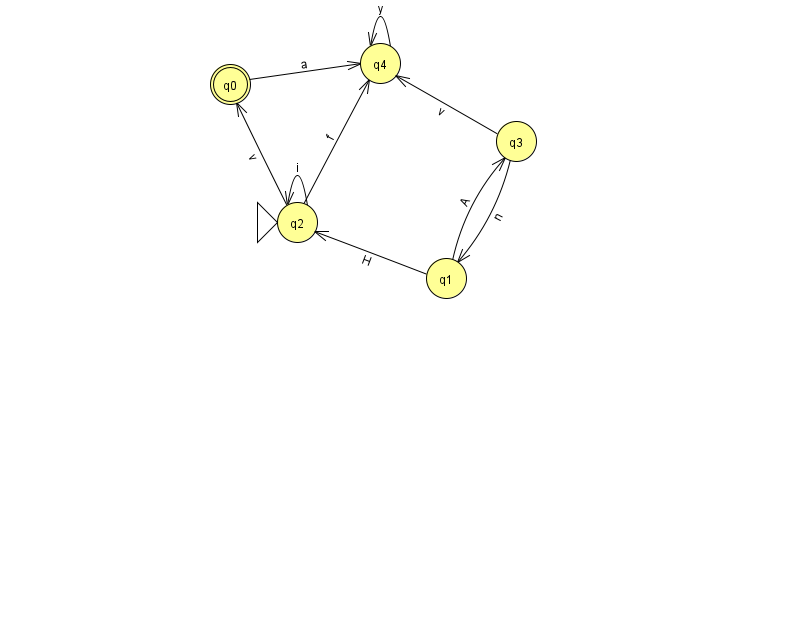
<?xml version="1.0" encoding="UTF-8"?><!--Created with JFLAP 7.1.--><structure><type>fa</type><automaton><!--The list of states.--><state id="0" name="q0"><x>230.0</x><y>71.0</y><final/></state><state id="1" name="q1"><x>446.0</x><y>265.0</y></state><state id="2" name="q2"><x>297.0</x><y>209.0</y><initial/></state><state id="3" name="q3"><x>516.0</x><y>128.0</y></state><state id="4" name="q4"><x>380.0</x><y>50.0</y></state><!--The list of transitions.--><transition><from>2</from><to>0</to><read>v</read></transition><transition><from>1</from><to>2</to><read>H</read></transition><transition><from>3</from><to>1</to><read>n</read></transition><transition><from>0</from><to>4</to><read>a</read></transition><transition><from>1</from><to>3</to><read>A</read></transition><transition><from>2</from><to>2</to><read>i</read></transition><transition><from>4</from><to>4</to><read>y</read></transition><transition><from>3</from><to>4</to><read>v</read></transition><transition><from>2</from><to>4</to><read>f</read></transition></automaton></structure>